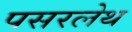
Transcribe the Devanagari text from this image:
पसरलेथ